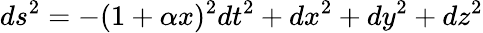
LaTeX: ds^{2}=-(1+\alpha x){}^{2}dt^{2}+dx^{2}+dy^{2}+dz^{2}